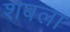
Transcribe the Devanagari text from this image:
शबला